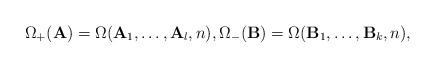
LaTeX: \begin{align*}\Omega_{+}(\mathbf{A}) = \Omega(\mathbf{A}_1, \dots, \mathbf{A}_l , n),\Omega_{-}(\mathbf{B}) = \Omega(\mathbf{B}_1, \dots, \mathbf{B}_{k} , n),\end{align*}